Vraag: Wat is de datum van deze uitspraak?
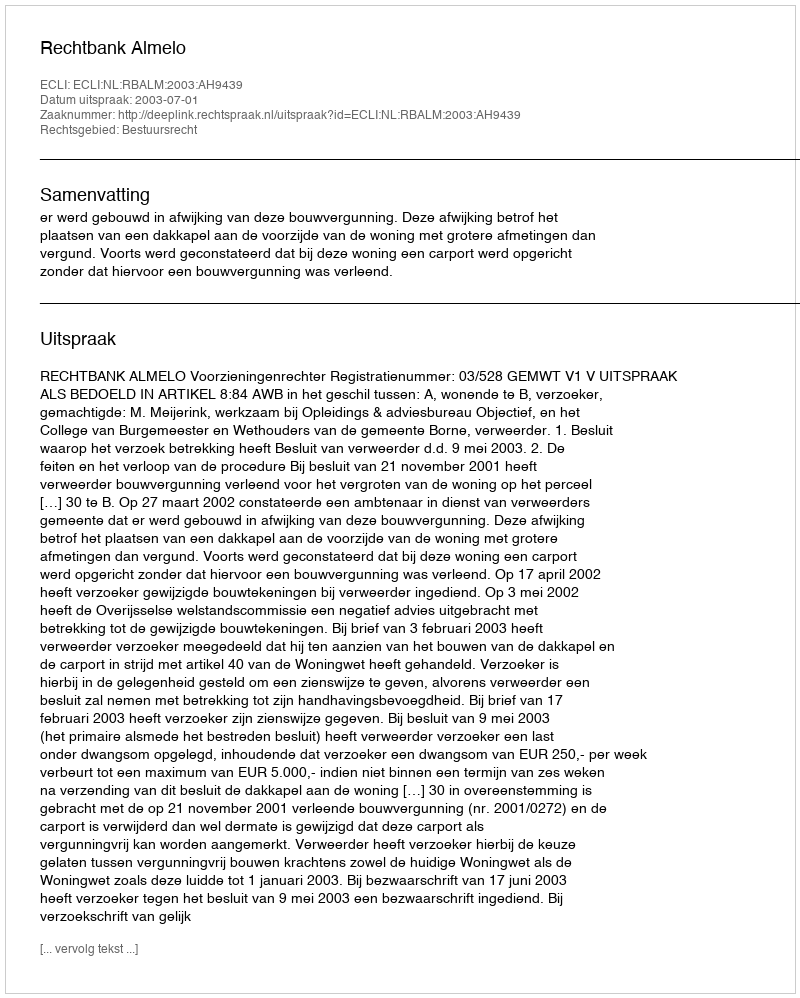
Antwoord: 2003-07-01